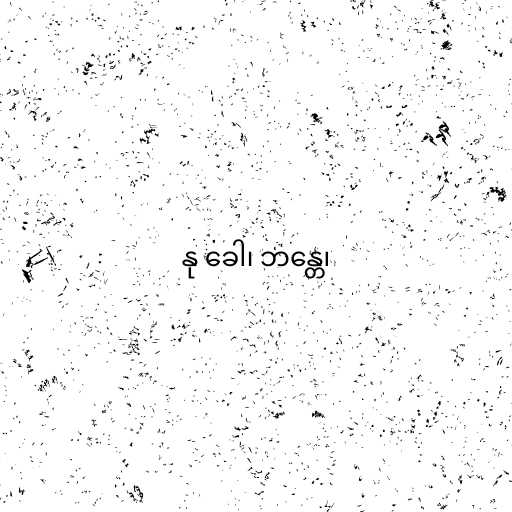
နု ခေါ၊ ဘန္တေ၊